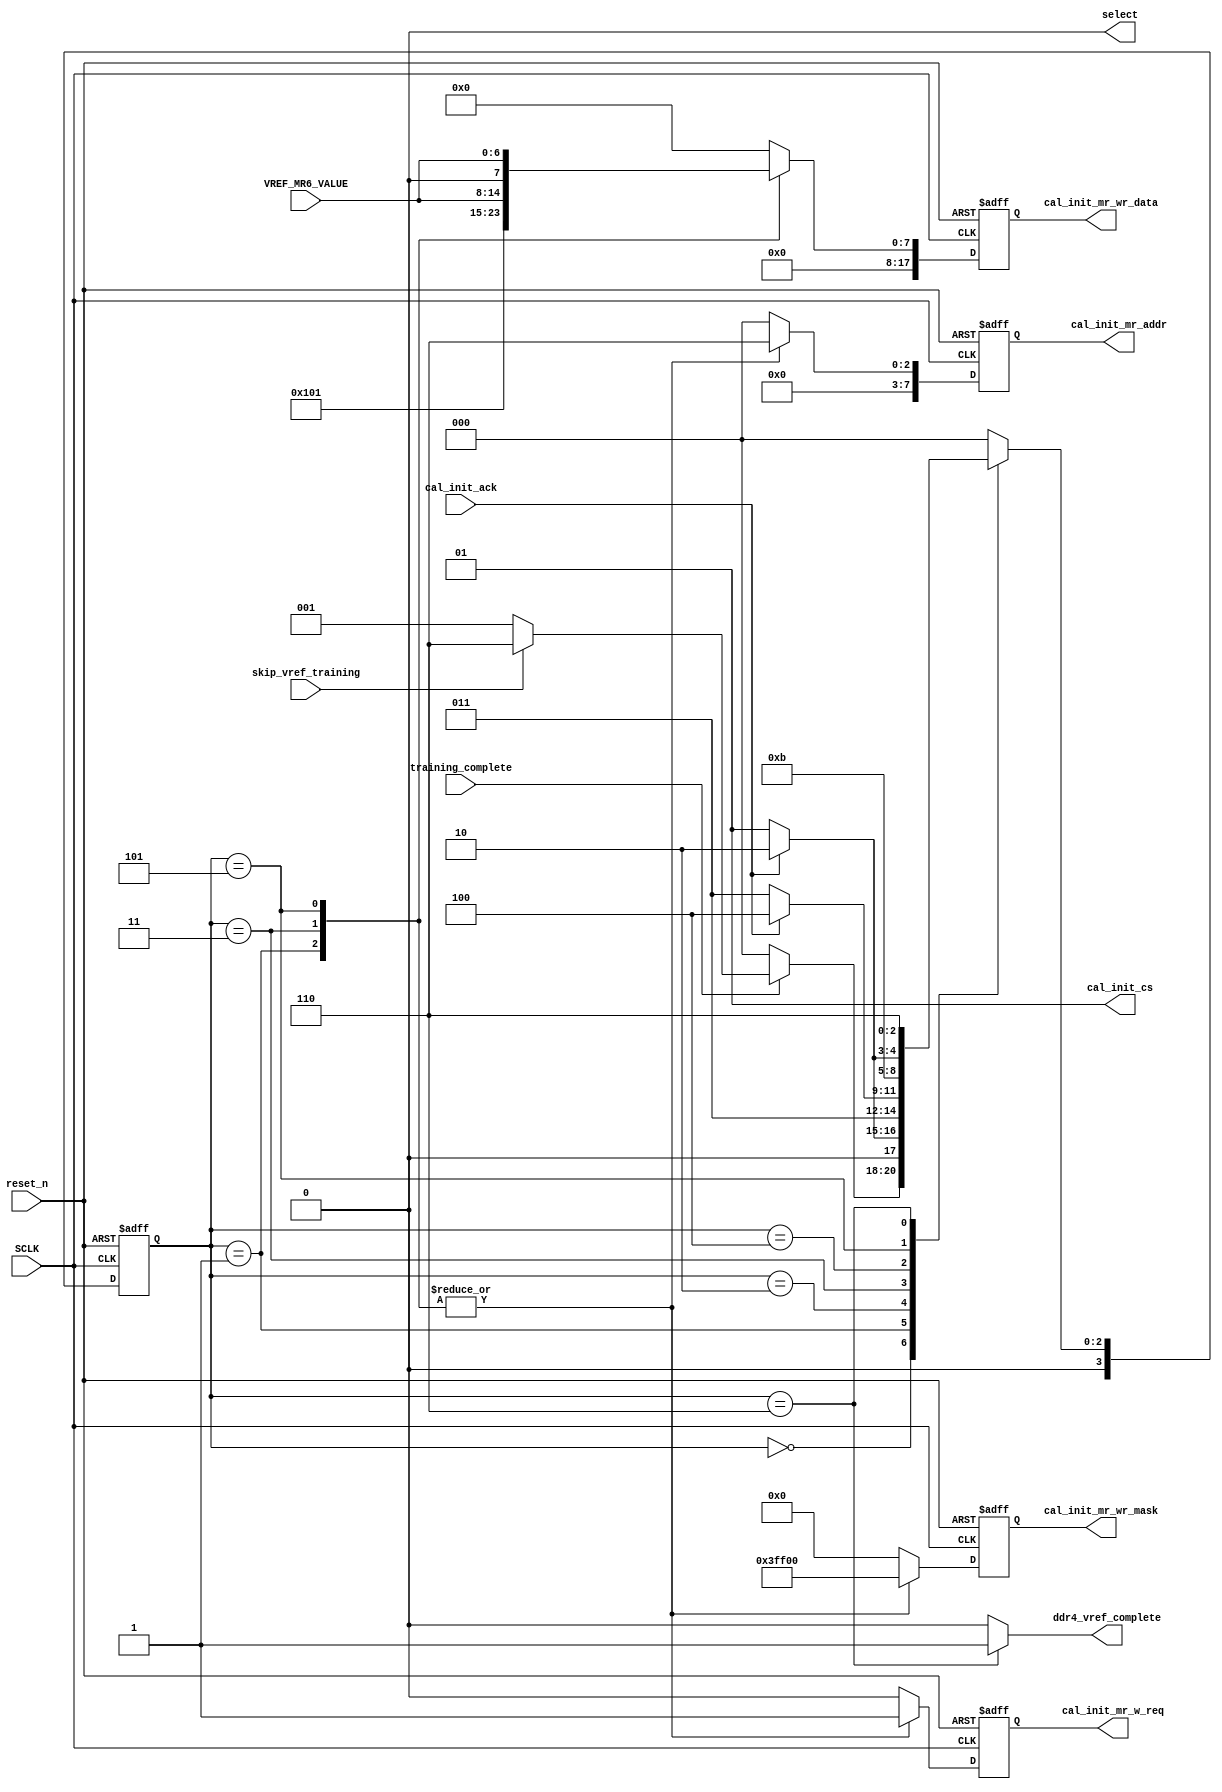
// *********************************************************************/ 
// Copyright (c) 2017 Microsemi Corporation.  All rights reserved.  
// 
// Any use or redistribution in part or in whole must be handled in 
// accordance with the Actel license agreement and must be approved 
// in advance in writing.  
//  
//     
// Description: sets the VREFDQ value of MR6 after all other training has been completed
//
// Notes:
// 1/4/18: AS, added output registers to cal_init_mr_w_req, cal_init_mr_addr, cal_init_mr_wr_data, cal_init_mr_wr_mask,

// 
// *********************************************************************/ 

module ddr4_vref (

input                                     SCLK,
input                                     reset_n,
input                                     training_complete,
output reg                                ddr4_vref_complete,
output reg                                cal_init_mr_w_req,
output reg [ 7:0]                         cal_init_mr_addr,
output reg [17:0]                         cal_init_mr_wr_data,
output reg [17:0]                         cal_init_mr_wr_mask,
input                                     cal_init_ack,
input                                     skip_vref_training,
input      [6:0]                          VREF_MR6_VALUE,
output reg [1:0]                          cal_init_cs,
output reg                                select

);


// AS: modified to use a port instead of parameter
// parameter [6:0] VREF_MR6_VALUE  = 0;

reg [3:0] current_state;
reg [3:0] next_state;

localparam SM_IDLE                        = 0;
localparam SM_ENTER_VREF_MODE             = 1;
localparam SM_ENTER_VREF_MODE_WAIT        = 2;
localparam SM_WRITE_VREF_VALUE            = 3;
localparam SM_WRITE_VREF_VALUE_WAIT       = 4;
localparam SM_EXIT_VREF_MODE              = 5;
localparam SM_DONE                        = 6;

// AS: added internal registers for outputs registers
//     for pipeline purposes (1/4/18)
reg                                cal_init_mr_w_req_int;
reg [ 7:0]                         cal_init_mr_addr_int;
reg [17:0]                         cal_init_mr_wr_data_int;
reg [17:0]                         cal_init_mr_wr_mask_int;

// AS: added pipeline output stage
always @ (posedge SCLK or negedge reset_n)
begin : output_reg_process
  if (!reset_n)
  begin
    cal_init_mr_w_req          <= 1'b0;
    cal_init_mr_addr           <= 8'h00;
    cal_init_mr_wr_data        <= 18'h000;
    cal_init_mr_wr_mask        <= 18'h000;
  end
  else
  begin
    cal_init_mr_w_req          <= cal_init_mr_w_req_int;
    cal_init_mr_addr           <= cal_init_mr_addr_int;
    cal_init_mr_wr_data        <= cal_init_mr_wr_data_int;
    cal_init_mr_wr_mask        <= cal_init_mr_wr_mask_int;
  end
end

always @ (*)
begin : output_assignments

  cal_init_mr_w_req_int = 1'b0;
  cal_init_mr_addr_int = 7'b0000000;
  cal_init_mr_wr_mask_int = 18'b000000000000000000;
  cal_init_mr_wr_data_int = 18'b000000000000000000;
  ddr4_vref_complete = 1'b0;
  cal_init_cs = 2'b01;  // only 1 rank for now
                        // TO DO: add multi-rank support
                        
  select <= 1'b0;

  case (current_state)
  
    SM_IDLE:
      begin
        select <= 1'b0;
      end
  
    SM_ENTER_VREF_MODE:
      begin
        cal_init_mr_w_req_int = 1'b1;
        cal_init_mr_addr_int = 7'b0000110;                // MR6
        cal_init_mr_wr_data_int = 18'b000000000010000000; // write a one
        cal_init_mr_wr_mask_int = 18'b111111111100000000; // to bit [7]
      end
    
    SM_WRITE_VREF_VALUE:
      begin
        cal_init_mr_w_req_int = 1'b1;
        cal_init_mr_addr_int = 7'b0000110;                // MR6
        cal_init_mr_wr_data_int = {11'b00000000001,VREF_MR6_VALUE[6:0]}; // write parameter
        cal_init_mr_wr_mask_int = 18'b111111111100000000; // to bits [6:0]
      end

    SM_EXIT_VREF_MODE:
      begin
        cal_init_mr_w_req_int = 1'b1;
        cal_init_mr_addr_int = 7'b0000110;                // MR6
        cal_init_mr_wr_data_int = {11'b00000000000,VREF_MR6_VALUE[6:0]}; // write a zero
        cal_init_mr_wr_mask_int = 18'b111111111100000000; // to bit [7]
      end
    
    SM_DONE:
      begin
        ddr4_vref_complete = 1'b1;
        select <= 1'b0;
      end
  
  endcase 

end

always @ (*)
begin : next_state_comb
  case (current_state)
  
    SM_IDLE:
      if (training_complete)
        if (skip_vref_training)
          next_state = SM_DONE;
        else
          next_state = SM_ENTER_VREF_MODE;
      else
        next_state = SM_IDLE;
    
    SM_ENTER_VREF_MODE:
      if (cal_init_ack)
        next_state = SM_ENTER_VREF_MODE_WAIT;
      else
        next_state = SM_ENTER_VREF_MODE;
    
    SM_ENTER_VREF_MODE_WAIT:
      next_state = SM_WRITE_VREF_VALUE;
    
    SM_WRITE_VREF_VALUE:
      if (cal_init_ack)
        next_state = SM_WRITE_VREF_VALUE_WAIT;
      else
        next_state = SM_WRITE_VREF_VALUE;
    
    SM_WRITE_VREF_VALUE_WAIT:
      next_state = SM_EXIT_VREF_MODE;
    
    SM_EXIT_VREF_MODE:
      if (cal_init_ack)
        next_state = SM_DONE;
      else
        next_state = SM_EXIT_VREF_MODE;

    // sticky state
    SM_DONE:
      next_state = SM_DONE;
    
    default:
      next_state = SM_IDLE;
  
  endcase
end

// state register
always @ (posedge SCLK or negedge reset_n)
begin : current_state_reg
  if (!reset_n)
    current_state <= SM_IDLE;
  else
    current_state <= next_state;
end

endmodule